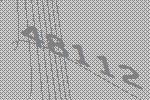
48112